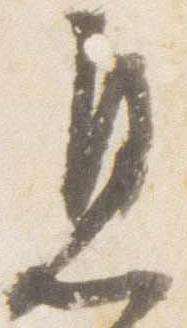
息